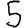
Digit: 5